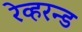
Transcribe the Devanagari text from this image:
रेव्हरन्ड